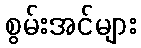
စွမ်းအင်များ